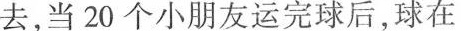
去，当20个小朋友运完球后，球在